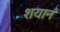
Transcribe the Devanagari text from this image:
शयानं